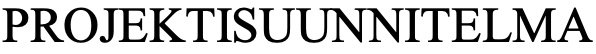
PROJEKTISUUNNITELMA